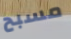
مسبح